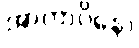
အာတာပိနော